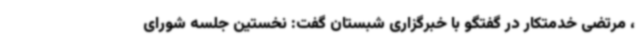
، مرتضی خدمتکار در گفتگو با خبرگزاری شبستان گفت: نخستین جلسه شورای